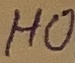
Text: HO